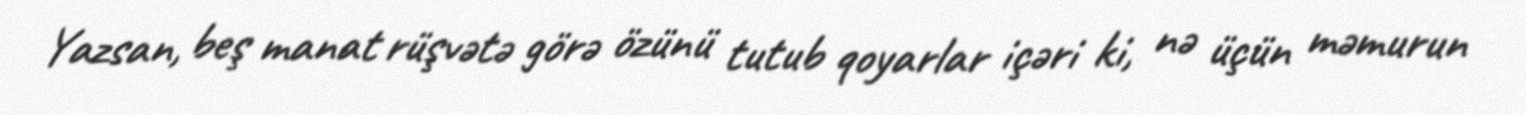
Yazsan, beş manat rüşvətə görə özünü tutub qoyarlar içəri ki, nə üçün məmurun